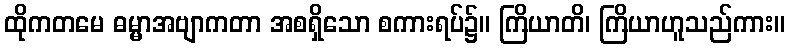
ထိုကတမေ ဓမ္မာအဗျာကတာ အစရှိသော စကားရပ်၌။ ကြိယာတိ၊ ကြိယာဟူသည်ကား။